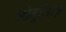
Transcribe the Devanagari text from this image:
शोतूसित्ज़